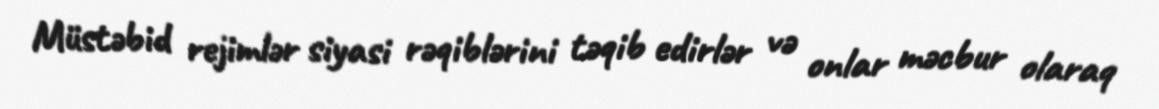
Müstəbid rejimlər siyasi rəqiblərini təqib edirlər və onlar məcbur olaraq